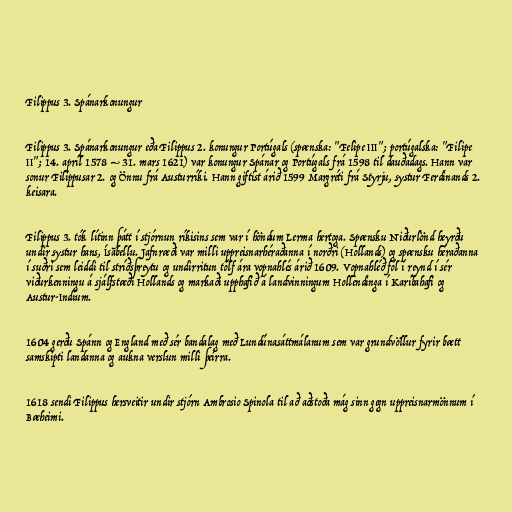
Filippus 3. Spánarkonungur

Filippus 3. Spánarkonungur eða Filippus 2. konungur Portúgals (spænska: "Felipe III"; portúgalska: "Filipe
II"; 14. apríl 1578 – 31. mars 1621) var konungur Spánar og Portúgals frá 1598 til dauðadags. Hann var
sonur Filippusar 2. og Önnu frá Austurríki. Hann giftist árið 1599 Margréti frá Styrju, systur Ferdinands 2.
keisara.

Filippus 3. tók lítinn þátt í stjórnun ríkisins sem var í höndum Lerma hertoga. Spænsku Niðurlönd heyrðu
undir systur hans, Ísabellu. Jafnræði var milli uppreisnarhéraðanna í norðri (Hollands) og spænsku héraðanna
í suðri sem leiddi til stríðsþreytu og undirritun tólf ára vopnahlés árið 1609. Vopnahléð fól í reynd í sér
viðurkenningu á sjálfstæði Hollands og markaði upphafið á landvinningum Hollendinga í Karíbahafi og
Austur-Indíum.

1604 gerðu Spánn og England með sér bandalag með Lundúnasáttmálanum sem var grundvöllur fyrir bætt
samskipti landanna og aukna verslun milli þeirra.

1618 sendi Filippus hersveitir undir stjórn Ambrosio Spinola til að aðstoða mág sinn gegn uppreisnarmönnum í
Bæheimi.